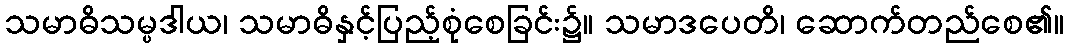
သမာဓိသမ္ပဒါယ၊ သမာဓိနှင့်ပြည့်စုံစေခြင်း၌။ သမာဒပေတိ၊ ဆောက်တည်စေ၏။